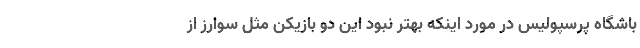
باشگاه پرسپولیس در مورد اینکه بهتر نبود این دو بازیکن مثل سوارز از